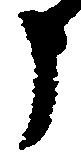
申